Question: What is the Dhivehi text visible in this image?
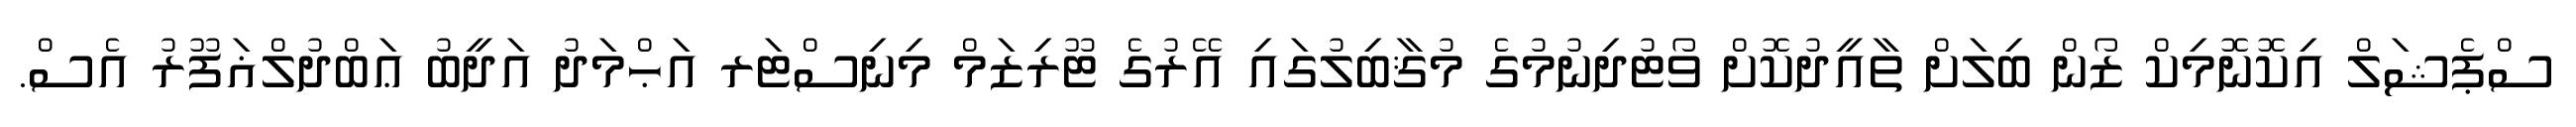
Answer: ސްޕެޝަލް އިކޮނޮމިކް ޒޯން ބިލަށް ތާއީދުކޮށް ވޯޓުދިނުމުގެ މުޤާބިލުގައި އޭރުގެ ޓޫރިޒަމް މިނިސްޓަރ އަޙްމަދު އަދީބު ޢަބްދުލްޣަފޫރު އެސް.